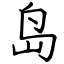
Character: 岛